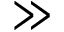
\gg